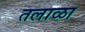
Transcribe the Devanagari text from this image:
तलाळा